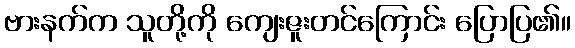
ဗားနက်က သူတို့ကို ကျေးဇူးတင်ကြောင်း ပြောပြ၏။